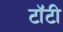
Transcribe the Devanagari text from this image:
टॉटी